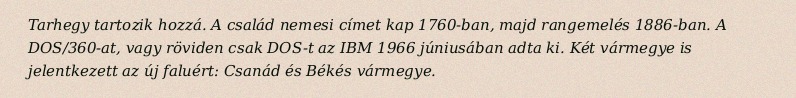
Tarhegy tartozik hozzá. A család nemesi címet kap 1760-ban, majd rangemelés 1886-ban. A DOS/360-at, vagy röviden csak DOS-t az IBM 1966 júniusában adta ki. Két vármegye is jelentkezett az új faluért: Csanád és Békés vármegye.